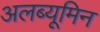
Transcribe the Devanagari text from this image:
अलब्यूमिन